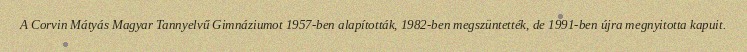
A Corvin Mátyás Magyar Tannyelvű Gimnáziumot 1957-ben alapították, 1982-ben megszüntették, de 1991-ben újra megnyitotta kapuit.